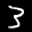
Label: 3